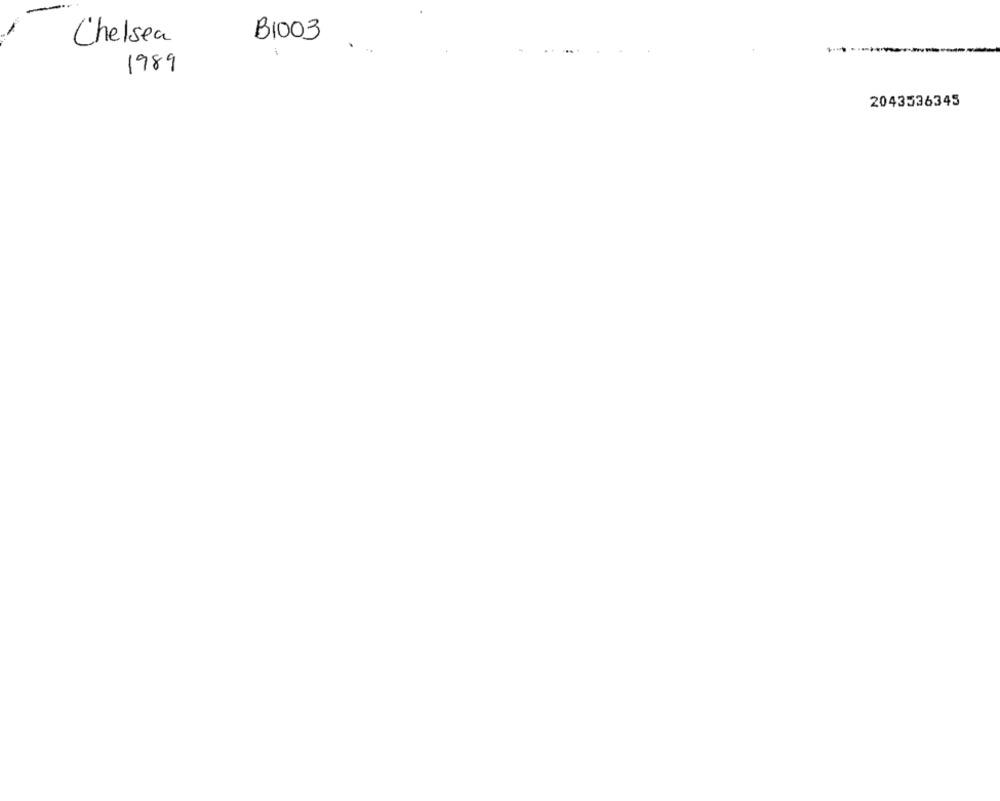
Chelsea
B1003
1
1989
2043536345